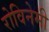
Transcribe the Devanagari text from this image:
रोविनेमी